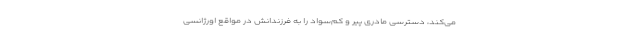
می‌کند، دسترسی مادری پیر و کم‌سواد را به فرزندانش در مواقع اورژانسی